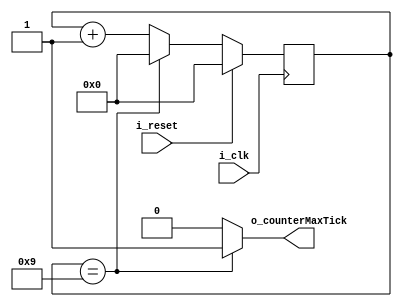
module modMCounter#
(
    parameter COUNTER_BITS = 4, //Number of bits in counter
    parameter COUNTER_MOD = 10 //Mod-M
)
(
    input wire i_clk,
    input wire i_reset,
    output wire o_counterMaxTick
);

//Signal declaration
reg [COUNTER_BITS-1 : 0] counterReg;
wire [COUNTER_BITS-1 : 0] counterNext;

//Body
//Register
always @(posedge i_clk) begin
    if (i_reset) begin
        counterReg <= 0;
    end
    else begin
        counterReg <= counterNext;
    end
end

//Next-state logic
assign counterNext = (counterReg == (COUNTER_MOD-1)) ? 0 : counterReg + 1;
assign o_counterMaxTick = (counterReg == (COUNTER_MOD-1)) ? 1'b1 : 1'b0;

endmodule